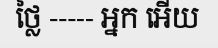
ថ្លៃ ----- អ្នក អើយ